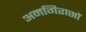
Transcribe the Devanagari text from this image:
अमगिरासों